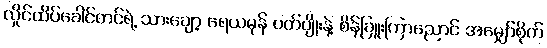
လှိုင်ထိပ်ခေါင်တင်ရဲ့ သားချော့ ရေယမုန် ပတ်ပျိုးနဲ့ စိန်ခြူးကြာညောင် အမျှော်စိုက်